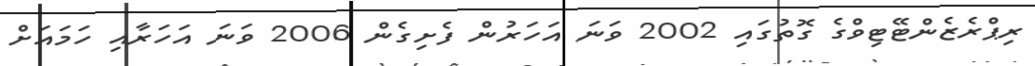
ރިޕްރެޒެންޓޭޓިވްގެ ގޮތުގައި 2002 ވަނަ އަހަރުން ފެށިގެން 2006 ވަނަ އަހަރާއި ހަމައަށް